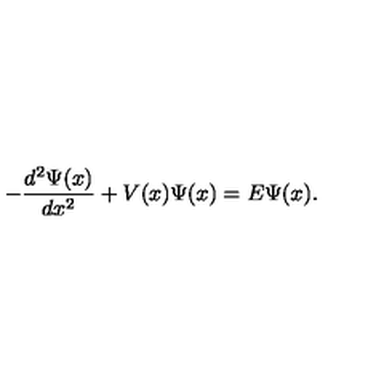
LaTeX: - \frac { d ^ { 2 } \Psi ( x ) } { d x ^ { 2 } } + V ( x ) \Psi ( x ) = E \Psi ( x ) .